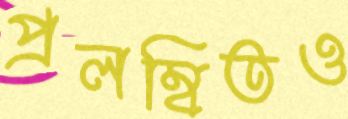
প্রলম্বিতও